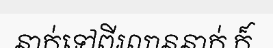
នាក់ទៅពីរលាននាក់ ក៏